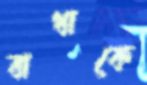
বাধাকে